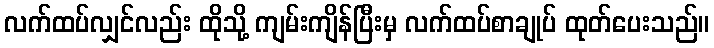
လက်ထပ်လျှင်လည်း ထိုသို့ ကျမ်းကျိန်ပြီးမှ လက်ထပ်စာချုပ် ထုတ်ပေးသည်။